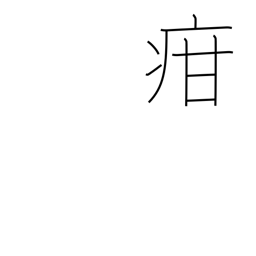
Meaning: children's diseases